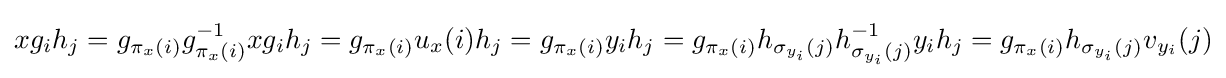
xg_{i}h_{j}=g_{\pi _{x}(i)}g_{\pi _{x}(i)}^{-1}xg_{i}h_{j}=g_{\pi _{x}(i)}u_{x}(i)h_{j}=g_{\pi _{x}(i)}y_{i}h_{j}=g_{\pi _{x}(i)}h_{\sigma _{y_{i}}(j)}h_{\sigma _{y_{i}}(j)}^{-1}y_{i}h_{j}=g_{\pi _{x}(i)}h_{\sigma _{y_{i}}(j)}v_{y_{i}}(j)